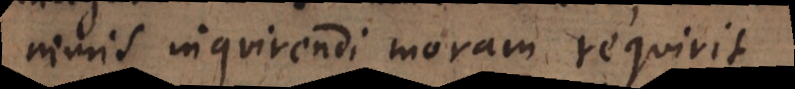
nimis inquirendi moram requir